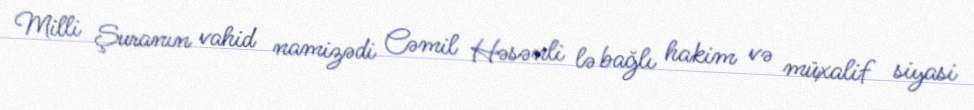
Milli Şuranın vahid namizədi Cəmil Həsənli lə bağlı hakim və müxalif siyasi